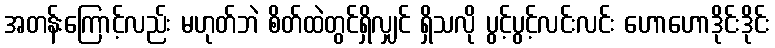
အတန်းကြောင့်လည်း မဟုတ်ဘဲ စိတ်ထဲတွင်ရှိလျှင် ရှိသလို ပွင့်ပွင့်လင်းလင်း ဟောဟောဒိုင်းဒိုင်း